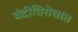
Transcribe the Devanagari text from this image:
बंदीविरोधात